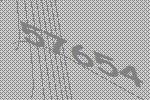
57654